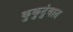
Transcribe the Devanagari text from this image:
कुकुटुंबात